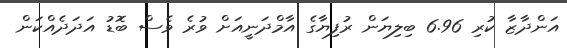
އަންދާޒާ ކުރި 6.96 ބިލިޔަން ރުފިޔާގެ އާމްދަނީއަށް ވުރެ ވެސް ބޮޑު އަދަދެއްކަން